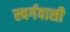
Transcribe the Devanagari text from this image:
स्‍वर्गवासी